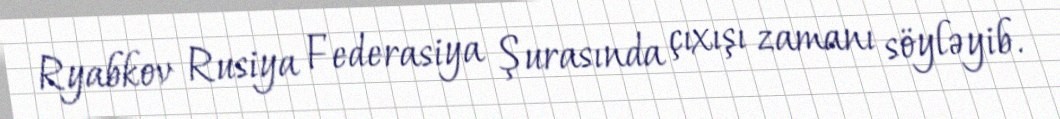
Ryabkov Rusiya Federasiya Şurasında çıxışı zamanı söyləyib.